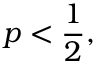
p < { \frac { 1 } { 2 } } ,